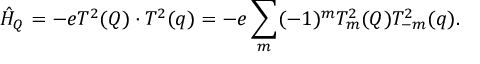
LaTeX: { \hat { H } } _ { Q } = - e T ^ { 2 } ( Q ) \cdot T ^ { 2 } ( q ) = - e \sum _ { m } ( - 1 ) ^ { m } T _ { m } ^ { 2 } ( Q ) T _ { - m } ^ { 2 } ( q ) .